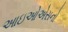
આઇઓએસનો